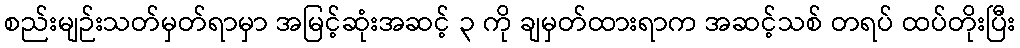
စည်းမျဉ်းသတ်မှတ်ရာမှာ အမြင့်ဆုံးအဆင့် ၃ ကို ချမှတ်ထားရာက အဆင့်သစ် တရပ် ထပ်တိုးပြီး